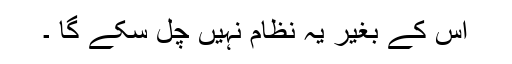
اس کے بغیر یہ نظام نہیں چل سکے گا ۔